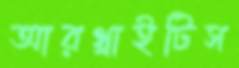
আরথ্রাইটিস